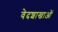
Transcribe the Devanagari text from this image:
वेदशाखाओं